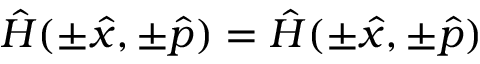
\hat { H } ( \pm \hat { x } , \pm \hat { p } ) = \hat { H } ( \pm \hat { x } , \pm \hat { p } )